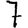
Digit: 7